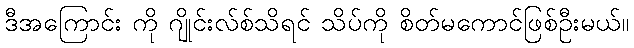
ဒီအကြောင်း ကို ဂျိုင်းလ်စ်သိရင် သိပ်ကို စိတ်မကောင်ဖြစ်ဦးမယ်။